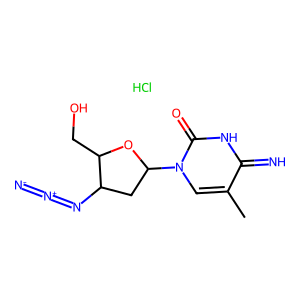
SMILES: Cc1cn(C2CC(N=[N+]=[N-])C(CO)O2)c(=O)[nH]c1=N.Cl
Inhibits HIV replication: No